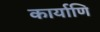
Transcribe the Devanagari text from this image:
कार्याणि